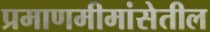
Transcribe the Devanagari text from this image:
प्रमाणमीमांसेतील